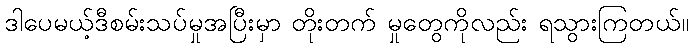
ဒါပေမယ့်ဒီစမ်းသပ်မှုအပြီးမှာ တိုးတက် မှုတွေကိုလည်း ရသွားကြတယ်။